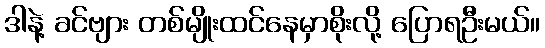
ဒါနဲ့ ခင်ဗျား တစ်မျိုးထင်နေမှာစိုးလို့ ပြောရဦးမယ်။